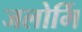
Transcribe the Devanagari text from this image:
जलोर्मि